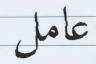
عامل